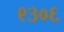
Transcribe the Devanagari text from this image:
९३०६